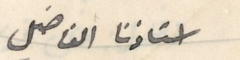
استاذنا الفاضل